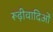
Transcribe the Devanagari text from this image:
रूढ़ीवादिओं